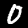
Digit: 0